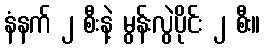
နံနက် ၂ စီးနဲ့ မွန်းလွဲပိုင်း ၂ စီး။